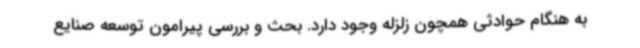
به هنگام حوادثی همچون زلزله وجود دارد. بحث و بررسی پیرامون توسعه صنایع